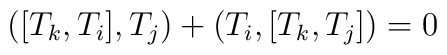
([T_k,T_i] , T_j) + (T_i , [T_k,T_j]) = 0